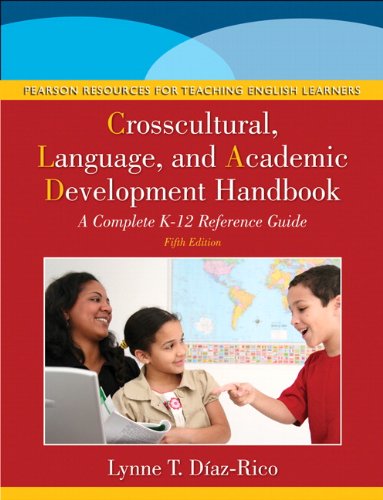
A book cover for The Crosscultural, Language, and Academic Development Handbook: A Complete K-12 Reference Guide (5th Edition); Lynne T. Diaz-Rico; Education & Teaching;